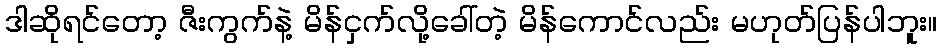
ဒါဆိုရင်တော့ ဇီးကွက်နဲ့ မိန်ငှက်လို့ခေါ်တဲ့ မိန်ကောင်လည်း မဟုတ်ပြန်ပါဘူး။